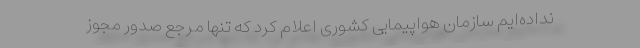
نداده‌ایم سازمان هواپیمایی کشوری اعلام کرد که تنها مرجع صدور مجوز